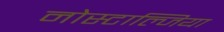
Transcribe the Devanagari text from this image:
नोस्टाल्जिया